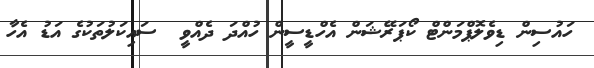
ހައުސިން ޑިވެލޮޕްމަންޓް ކޯޕަރޭޝަން އެހްޑީސީން ހުއްދަ ދެއްވީ  ސައިކަލުތަކުގެ އަޑު އެހާ